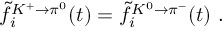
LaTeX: \tilde { f } _ { i } ^ { K ^ { + } \rightarrow \pi ^ { 0 } } ( t ) = \tilde { f } _ { i } ^ { K ^ { 0 } \rightarrow \pi ^ { - } } ( t ) \ .